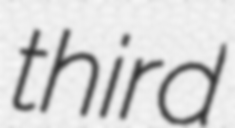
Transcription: third